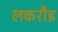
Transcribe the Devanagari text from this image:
लकरौइ